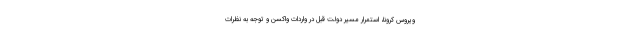
ویروس کرونا، استمرار مسیر دولت قبل در واردات واکسن و توجه به نظرات